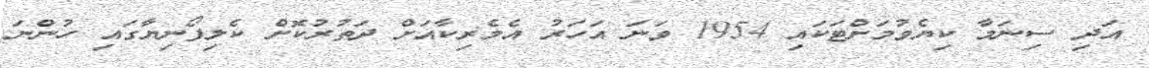
އަދި ސިނަމާ ކިޔެވުމަށްޓަކައި 1954 ވަނަ އަހަރު އެމެރިކާއަށް ދަތުރުކޮށް ކެލިފޯނިޔާގައި ހުންނަ